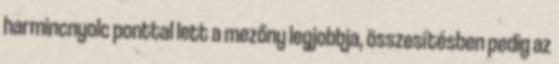
harmincnyolc ponttal lett a mezőny legjobbja, összesítésben pedig az